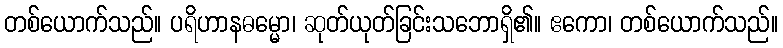
တစ်ယောက်သည်။ ပရိဟာနဓမ္မော၊ ဆုတ်ယုတ်ခြင်းသဘောရှိ၏။ ဧကော၊ တစ်ယောက်သည်။